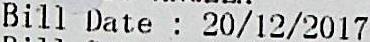
BILL DATE : 20/12/2017